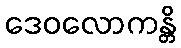
ဒေဝလောကန္တိ